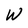
Character: W